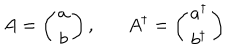
LaTeX: A = \left( \begin{array} { c } { { a } } \\ { { b } } \\ \end{array} \right) , A ^ { \dagger } = \left( \begin{array} { c } { { a ^ { \dagger } } } \\ { { b ^ { \dagger } } } \\ \end{array} \right)